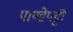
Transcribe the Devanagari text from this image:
पाण्डेपट्टी